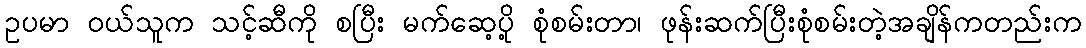
ဥပမာ ၀ယ်သူက သင့်ဆီကို စပြီး မက်ဆေ့ပို့ စုံစမ်းတာ၊ ဖုန်းဆက်ပြီးစုံစမ်းတဲ့အချိန်ကတည်းက